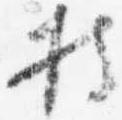
持